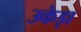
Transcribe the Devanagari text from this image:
उकेड़ा